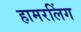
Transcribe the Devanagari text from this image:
हामरलिंग